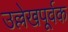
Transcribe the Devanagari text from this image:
उल्लेखपूर्वक